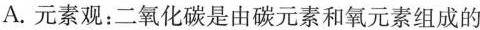
A. 元素观：二氧化碳是由碳元素和氧元素组成的